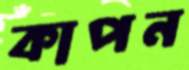
কাপন